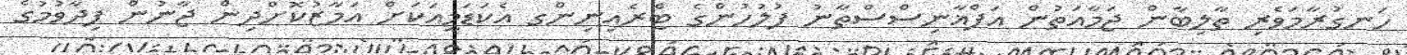
ހަނގުރާމަވެރި ތާލިބާން ޖަމާއަތުން އަފްޣާނިސްސްތާނު ފުލުހުންގެ ޓްރެއިނިންގ އެކަޑަމީއަކަށް އަމާޒުކޮށްދިން ޖާނުން ފިދާވުމުގެ